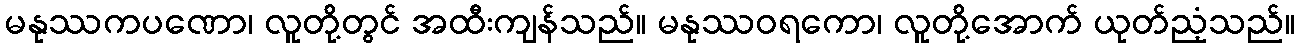
မနုဿကပဏော၊ လူတို့တွင် အထီးကျန်သည်။ မနုဿဝရကော၊ လူတို့အောက် ယုတ်ညံ့သည်။